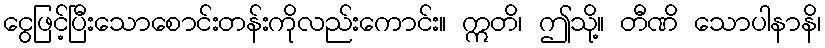
ငွေဖြင့်ပြီးသောစောင်းတန်းကိုလည်းကောင်း။ ဣတိ၊ ဤသို့။ တီဏိ သောပါနာနိ၊